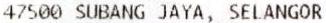
47500 SUBANG JAYA, SELANGOR